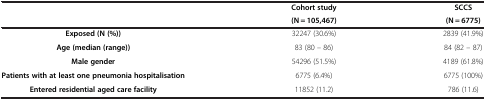
<table><thead><tr><td rowspan="2"><b> </b></td><td><b>Cohort study</b></td><td><b>SCCS</b></td></tr><tr><td><b>(N = 105,467)</b></td><td><b>(N = 6775)</b></td></tr></thead><tbody><tr><td><b>Exposed </b><b>(N (%))</b></td><td>32247 (30.6%)</td><td>2839 (41.9%)</td></tr><tr><td><b>Age </b><b>(median </b><b>(range))</b></td><td>83 (80 – 86)</td><td>84 (82 – 87)</td></tr><tr><td><b>Male gender</b></td><td>54296 (51.5%)</td><td>4189 (61.8%)</td></tr><tr><td><b>Patients with at least one pneumonia hospitalisation</b></td><td>6775 (6.4%)</td><td>6775 (100%)</td></tr><tr><td><b>Entered residential aged care facility</b></td><td>11852 (11.2)</td><td>786 (11.6)</td></tr></tbody></table>